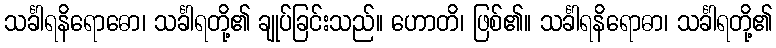
သင်္ခါရနိရောဓော၊ သင်္ခါရတို့၏ ချုပ်ခြင်းသည်။ ဟောတိ၊ ဖြစ်၏။ သင်္ခါရနိရောဓာ၊ သင်္ခါရတို့၏